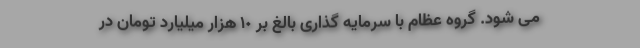
می شود. گروه عظام با سرمایه گذاری بالغ بر ١٠ هزار میلیارد تومان در